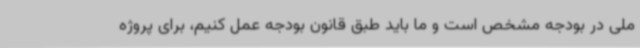
ملی در بودجه مشخص است و ما باید طبق قانون بودجه عمل کنیم، برای پروژه